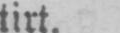
tirt.